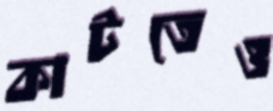
কাটতেও